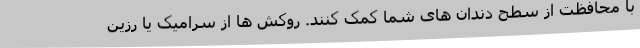
با محافظت از سطح دندان های شما کمک کنند. روکش ها از سرامیک یا رزین